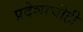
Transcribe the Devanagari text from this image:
प्रदेशाचीही